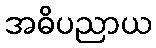
အဓိပညာယ